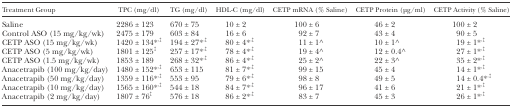
| Treatment Group | TPC (mg/dl) | TG (mg/dl) | HDL-C (mg/dl) | CETP mRNA (% Saline) | CETP Protein (μg/ml) | CETP Activity (% Saline) |
 | --- | --- | --- | --- | --- | --- | --- |
 | Saline | 2286 ± 123 | 670 ± 75 | 10 ± 2 | 100 ± 6 | 46 ± 2 | 100 ± 2 |
 | Control ASO (15 mg/kg/wk) | 2475 ± 179 | 603 ± 84 | 16 ± 6 | 92 ± 7 | 43 ± 4 | 90 ± 5 |
 | CETP ASO (15 mg/kg/wk) | 1420 ± 134*,‡ | 194 ± 27*,‡ | 80 ± 4*,‡ | 11 ± 1^ | 10 ± 1^ | 19 ± 1*,‡ |
 | CETP ASO (5 mg/kg/wk) | 1801 ± 125‡ | 257 ± 17*,‡ | 78 ± 4*,‡ | 19 ± 4^ | 12 ± 0.4^ | 27 ± 1*,‡ |
 | CETP ASO (1.5 mg/kg/wk) | 1853 ± 189 | 268 ± 32*,‡ | 86 ± 4*,‡ | 25 ± 2^ | 22 ± 3^ | 35 ± 2*,‡ |
 | Anacetrapib (100 mg/kg/day) | 1480 ± 152*,‡ | 653 ± 115 | 81 ± 7*,‡ | 99 ± 15 | 45 ± 4 | 14 ± 1*,‡ |
 | Anacetrapib (50 mg/kg/day) | 1359 ± 116*,‡ | 553 ± 95 | 79 ± 6*,‡ | 98 ± 8 | 49 ± 5 | 14 ± 0.4*,‡ |
 | Anacetrapib (10 mg/kg/day) | 1565 ± 160*,‡ | 544 ± 18 | 84 ± 7*,‡ | 96 ± 17 | 41 ± 6 | 21 ± 1*,‡ |
 | Anacetrapib (2 mg/kg/day) | 1807 ± 76‡ | 576 ± 18 | 86 ± 2*,‡ | 83 ± 7 | 45 ± 3 | 26 ± 1*,‡ |